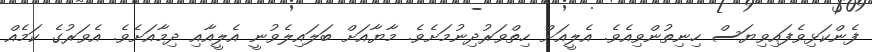
ފެންކަޅިވެފައިވިޔަސް ހިނިތުންވިއެވެ. އެލީއަށް ހިތްވަރުދިނުމަށެވެ. މާޔާއަށް ބަލައިލެވުނީ އެލީއާއި ދިމާއަށެވެ. އެވަރުގެ ކަމެއް